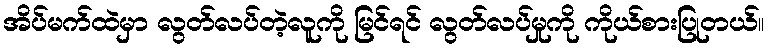
အိပ်မက်ထဲမှာ လွတ်လပ်တဲ့လူကို မြင်ရင် လွတ်လပ်မှုကို ကိုယ်စားပြုတယ်။